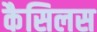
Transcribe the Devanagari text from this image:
कैसिलस